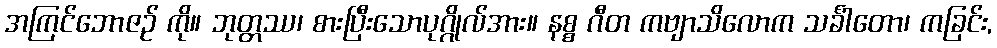
အကြင်ဘောဇဉ် ကို။ ဘုတ္တဿ၊ စားပြီးသောပုဂ္ဂိုလ်အား။ နစ္စ ဂီတ ကဗျာသိလောက သင်္ခါတော၊ ကခြင်း,